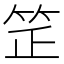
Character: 𥬛